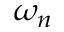
\omega _ { n }